Vaccination in Bombay 1863-1868 - 1863-1868
Year: 1863
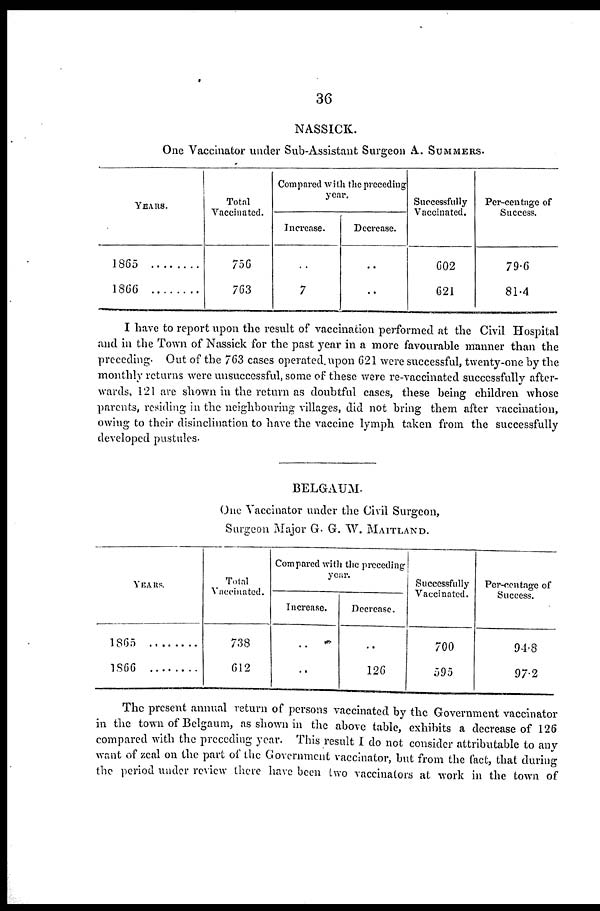
36
NASSICK.
One Vaccinator under Sub-Assistant Surgeon A. SUMMERS.
YEARS.
1865 ......
1866 ......
Total
Vaccinated.
756
763
Compared with the preceding
year.
Increase.
..
7
Decrease.
..
..
Successfully
Vaccinated.
602
621
Per-centage of
Success.
79.6
81.4
I have to report upon the result of vaccination performed at the Civil Hospital
and in the Town of Nassick for the past year in a more favourable manner than the
preceding. Out of the 763 cases operated upon 621 were successful, twenty-one by the
monthly returns were unsuccessful, some of these were re-vaccinated successfully after-
wards, 121 are shown in the return as doubtful cases, these being children whose
parents, residing in the neighbouring villages, did not bring them after vaccination,
owing to their disinclination to have the vaccine lymph taken from the successfully
developed pustules.
BELGAUM.
One Vaccinator under the Civil Surgeon,
Surgeon Major G. G. W. MAITLAND.
YEARS.
1865 .......
1866 .......
Total
Vaccinated.
738
612
Compared with the preceding
year.
Increase.
..
..
Decrease.
..
126
Successfully
Vaccinated.
700
595
Per-centage of
Success.
94.8
97.2
The present annual return of persons vaccinated by the Government vaccinator
in the town of Belgaum, as shown in the above table, exhibits a decrease of 126
compared with the preceding year. This result I do not consider attributable to any
want of zeal on the part of the Government vaccinator, but from the fact, that during
the period under review there have been two vaccinators at work in the town of